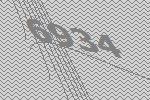
6934